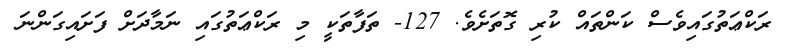
ރަކްޢަތުގައިވެސް ކަންތައް ކުރި ގޮތަށެވެ. 127- ތަފާތަކީ މި ރަކްޢަތުގައި ނަމާދަށް ފަށައިގަންނަ